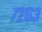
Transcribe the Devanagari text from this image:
७२६३